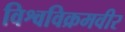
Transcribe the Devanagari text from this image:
विश्वविक्रमवीर